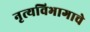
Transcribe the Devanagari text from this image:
नृत्यविभागाचे